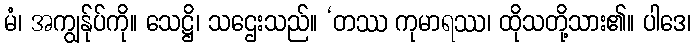
မံ၊ အကျွန်ုပ်ကို။ သေဋ္ဌိ၊ သဌေးသည်။ ‘တဿ ကုမာရဿ၊ ထိုသတို့သား၏။ ပါဒေ၊